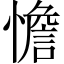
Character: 憺